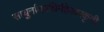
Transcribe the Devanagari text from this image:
साधुर्नामवधिर्महेश्‍वरकृती